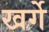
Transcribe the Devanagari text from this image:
खर्गे